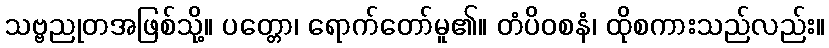
သဗ္ဗညုတအဖြစ်သို့။ ပတ္တော၊ ရောက်တော်မူ၏။ တံပိဝစနံ၊ ထိုစကားသည်လည်း။